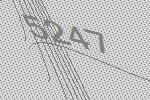
5247